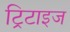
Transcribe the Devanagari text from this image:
ट्रिटाइज